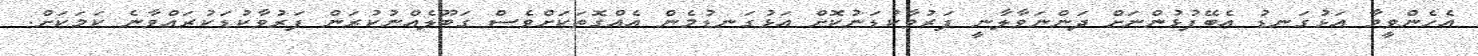
އެހެންވީމާ އަޅުގަނޑު އެބޭފުޅުންނަށް ދަންނަވާލާނީ ފަރުވާކުޑަނުކޮށް އަޅުގަނޑުމެން އެއްގޮތަކަށްވެސް ގަބޫލެއްނުކުރަން ފަރުވާކުޑަކުރައްވާނެ ކަމަކަށް.